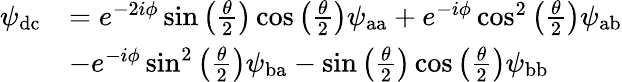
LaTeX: \begin{array}{rl}{\psi_{\mathrm{dc}}}&{=e^{-2i\phi}\sin\left(\frac{\theta}{2}\right)\cos\left(\frac{\theta}{2}\right)\psi_{\mathrm{aa}}+e^{-i\phi}\cos^{2}\left(\frac{\theta}{2}\right)\psi_{\mathrm{ab}}}\\ &{-e^{-i\phi}\sin^{2}\left(\frac{\theta}{2}\right)\psi_{\mathrm{ba}}-\sin\left(\frac{\theta}{2}\right)\cos\left(\frac{\theta}{2}\right)\psi_{\mathrm{bb}}}\end{array}